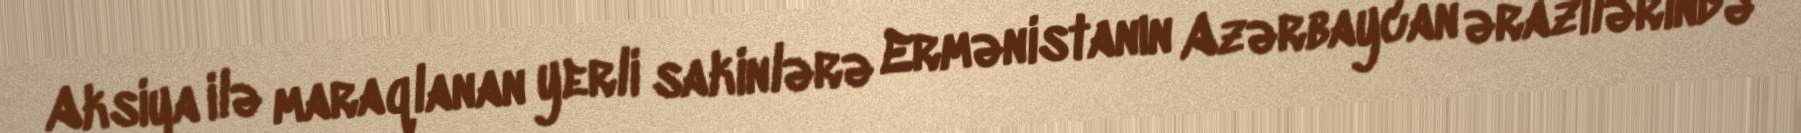
Aksiya ilə maraqlanan yerli sakinlərə Ermənistanın Azərbaycan ərazilərində